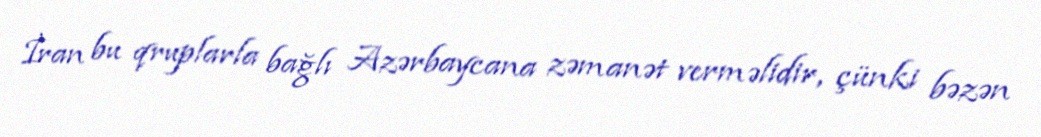
İran bu qruplarla bağlı Azərbaycana zəmanət verməlidir, çünki bəzən